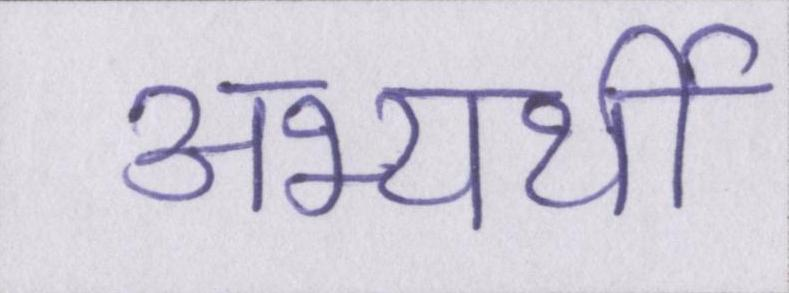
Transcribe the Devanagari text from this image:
अभ्यर्थी